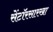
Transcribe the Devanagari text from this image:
सेंटॉरसारखा